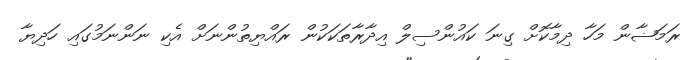
ރަމަޟާން މަހާ ދިމާކޮށް ގިނަ ކައުންސިލް އިދާރާތަކަކުން ރައްޔިތުންނަށް އެކި ނަންނަމުގައި ހަދިޔާ